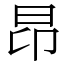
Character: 昂